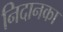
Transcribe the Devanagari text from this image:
निदानका